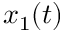
x _ { 1 } ( t )